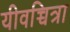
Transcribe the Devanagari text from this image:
यीवच्चित्रा